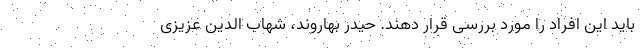
باید این افراد را مورد بررسی قرار دهند. حیدر بهاروند، شهاب الدین عزیزی